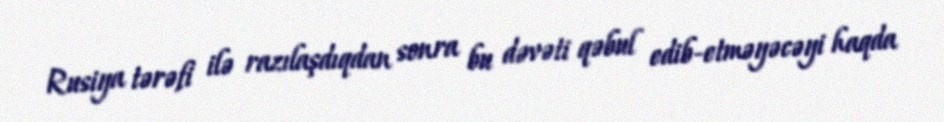
Rusiya tərəfi ilə razılaşdıqdan sonra bu dəvəti qəbul edib-etməyəcəyi haqda